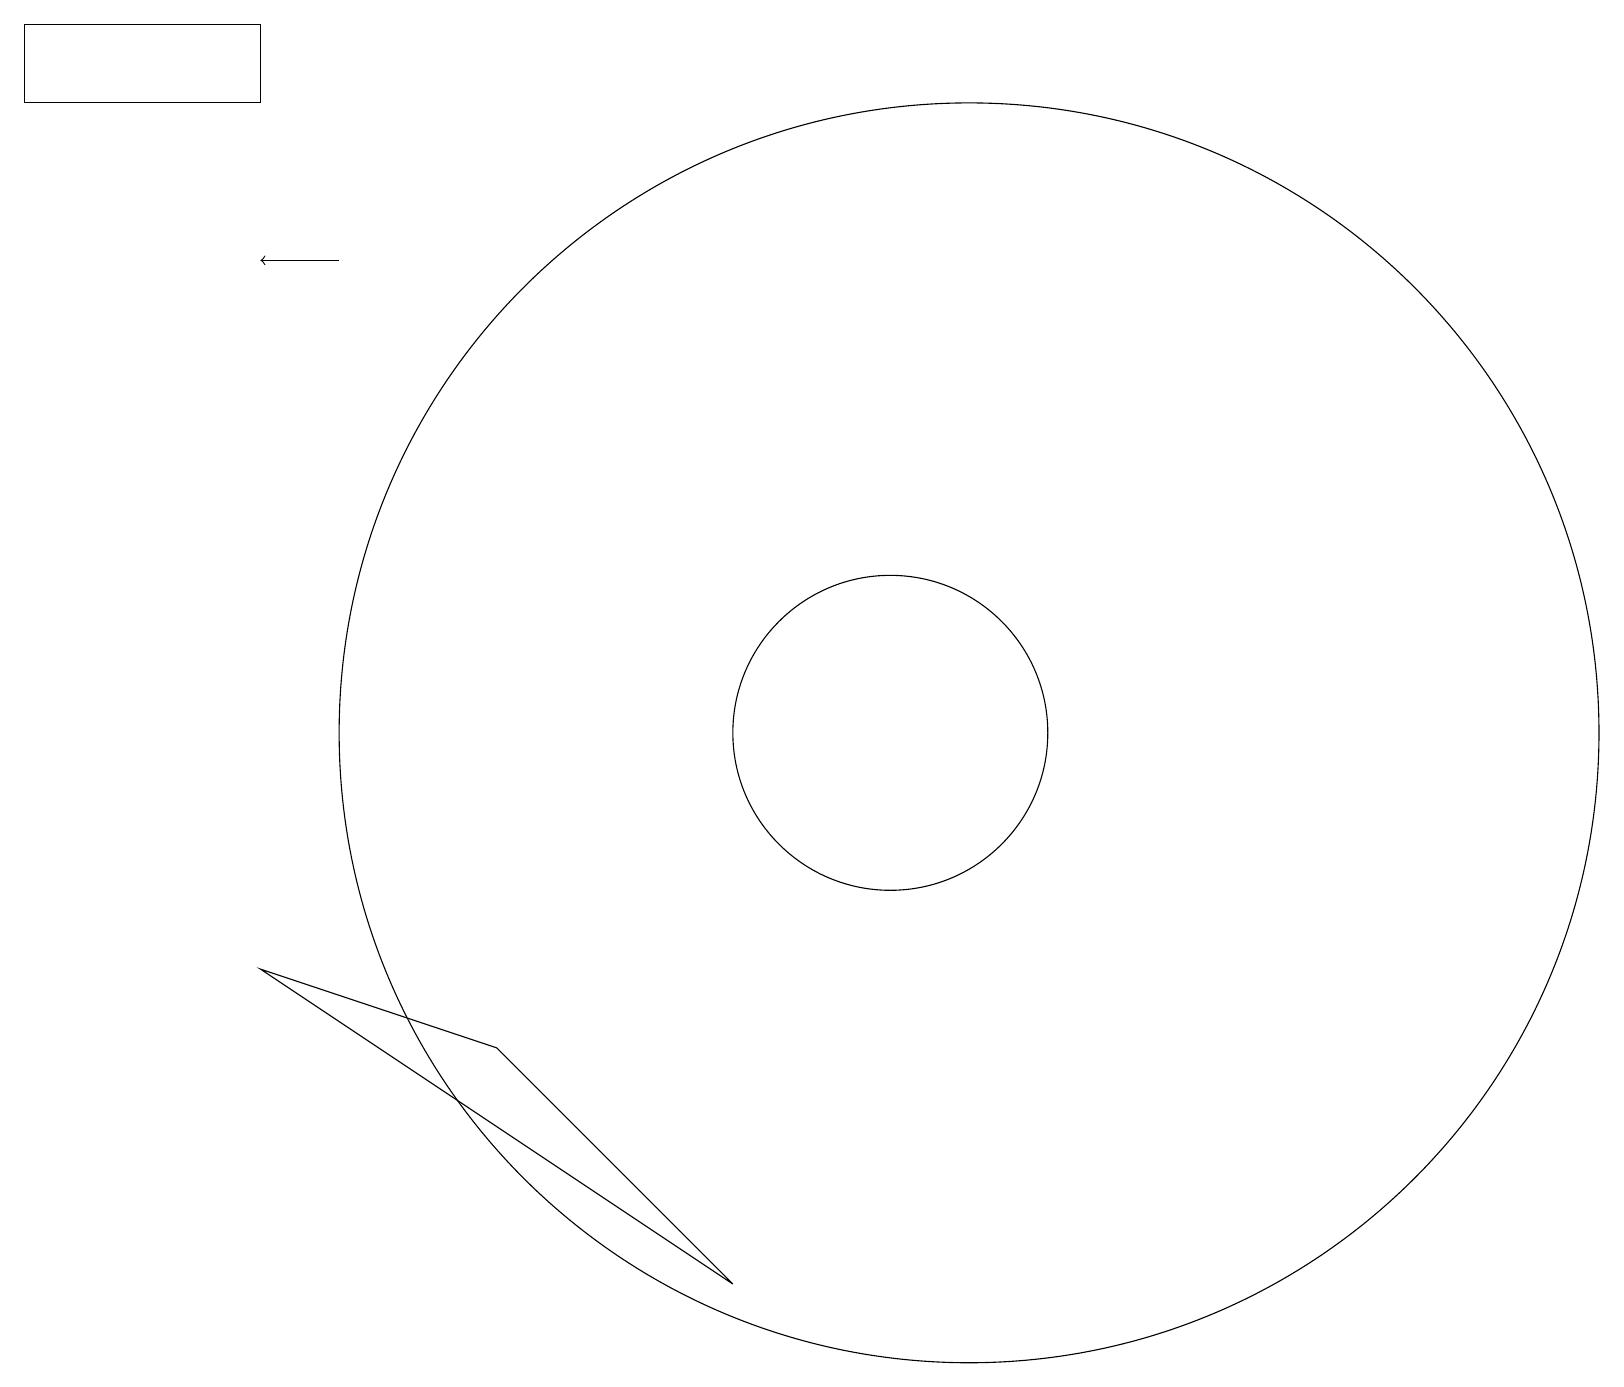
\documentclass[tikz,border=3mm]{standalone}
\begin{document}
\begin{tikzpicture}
\draw[->] (4,16) -- (3,16);
\draw (11,10) circle (2);
\draw (12,10) circle (8);
\draw (0,18) rectangle (3,19);
\draw (3,7) -- (9,3) -- (6,6) -- cycle;
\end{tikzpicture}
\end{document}